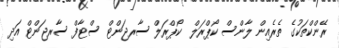
ރޭންކްތަކުގެ ތެރެއިން ލާންސް ކޯޕްރަލް  ކޯޕްރަލް ސާރޖަންޓް ސްޓާފް ސާރޖަންޓް އަދި